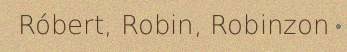
Róbert, Robin, Robinzon